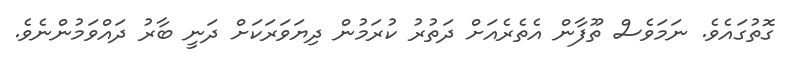
ގޮތުގައެވެ. ނަމަވެސް ތޫފާން އެތެރެއަށް ދަތުރު ކުރަމުން ދިޔަވަރަކަށް ދަނީ ބާރު ދައްވަމުންނެވެ.